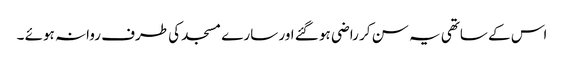
اس کے ساتھی یہ سن کر راضی ہو گئے اور سارے مسجد کی طرف روانہ ہوئے ۔